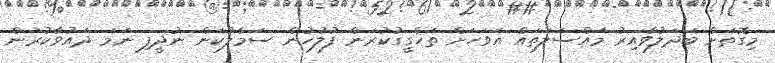
މިގޮތަށް ބަދަލުވާއިރު މައްސަލަތައް އަވަހަށް ތަހްގީގުކުރަން ފުލުހުން ސަމާލުކަން ނުދީފި ނަމަ ދައުވާކުރަން